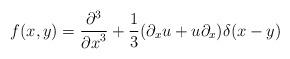
LaTeX: \begin{align*}f(x,y) = {{\partial^3} \over {{\partial x}^3}} + {1 \over 3}(\partial_x u + u \partial_x) \delta(x-y)\end{align*}